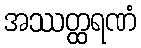
အဿတ္ထရဏံ